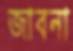
জাবনা